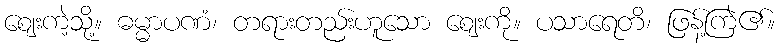
ဈေးကဲ့သို့။ ဓမ္မာပဏံ၊ တရားတည်းဟူသော ဈေးကို။ ပသာရေတိ၊ ဖြန့်ကြဲ၏။